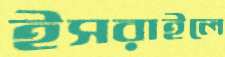
ইসরাইলে